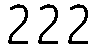
222